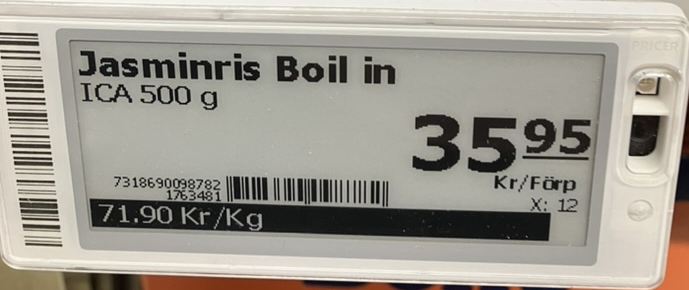
Vara: Jasminris Boil in
Genomsnittspris: 71.90 per kg